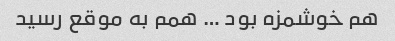
هم خوشمزه بود … همم به موقع رسید